Civil Veterinary Dept. Bombay admin report 1923-31 - 1923-1931
Year: 1923
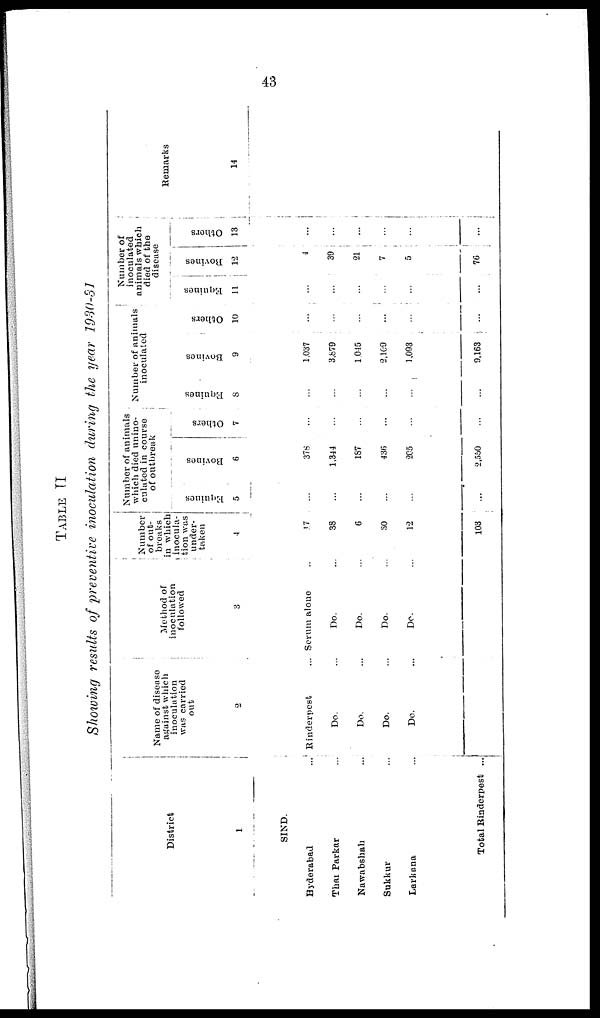
43
TABLE II
Showing results of preventive inoculation during the year 1930-31
District
1
SIND.
Hyderabad ...
Thar Parkar ...
Nawabshah ...
Sukkur ...
Larkana ...
Total Rinderpest ...
Name of disease
against which
inoculation
was carried
out
2
Rinderpest
Do. ...
Do. ...
Do. ...
Do. ...
Method of
inoculation
followed
3
Serum alone
Do. ...
Do. ...
Do. ...
Do. ...
Number
of out-
breaks
in which
inocula-
tion was
under-
taken
4
17
38
6
30
12
103
Number of animals
which died unino-
culated in course
of outbreak
Equines
5
...
...
...
...
...
...
Bovines
6
378
1,344
187
436
205
2,550
Others
7
...
...
...
...
...
...
Number of animals
inoculated
Equines
8
...
...
...
...
...
...
Bovines
9
1,037
3,879
1,045
2,109
1,093
9,163
Others
10
...
...
...
...
...
...
Number of
inoculated
animals which
died of the
disease
Equines
11
...
...
...
...
...
...
Bovines
12
4
39
21
7
5
76
Others
13
...
...
...
...
...
...
Remarks
14